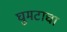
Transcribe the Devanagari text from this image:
घुमटाचा